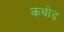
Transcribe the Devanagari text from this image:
कथोड़